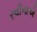
રવીનાએ